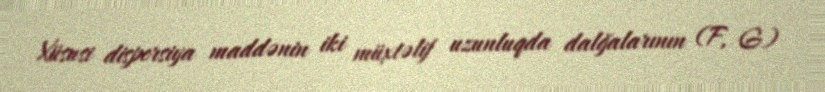
Xüsusi dispersiya maddənin iki müxtəlif uzunluqda dalğalarının (F, G)